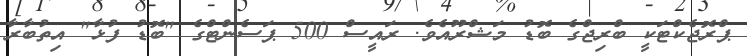
ޕްރޮޖެކްޓަކީ ބްރިޖްގެ ބޮޑު މަޝްރޫއެވެ. ރައީސް 500 ޕަސެންޓްގެ "ބޮޑު ފުޅާ" އިތުބާރާ